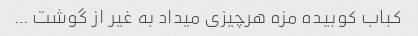
کباب کوبیده مزه هرچیزی میداد به غیر از گوشت …